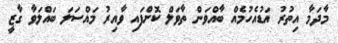
މާދަމާ އިތުރު އަޑުއެހުމެއް ބާއްވަން ތާވަލް ކޮށްފައި ވާއިރު މައްސަލަ ބައްލަވާ ގާޒީ